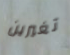
تغيرين